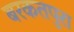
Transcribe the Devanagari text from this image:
बरकतपुरा